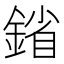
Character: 𨩠